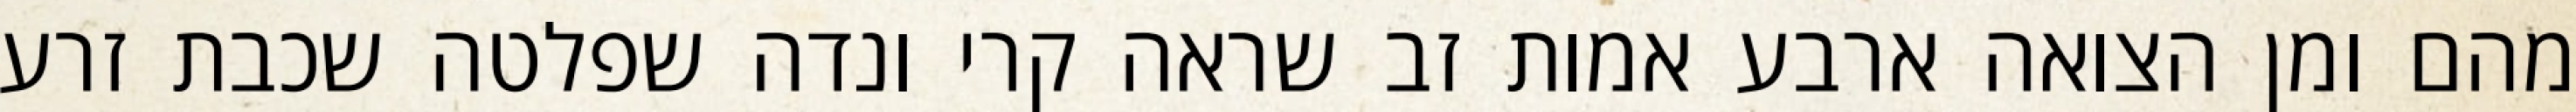
מהם ומן הצואה ארבע אמות זב שראה קרי ונדה שפלטה שכבת זרע